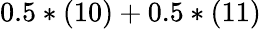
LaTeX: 0.5*(10)+0.5*(11)